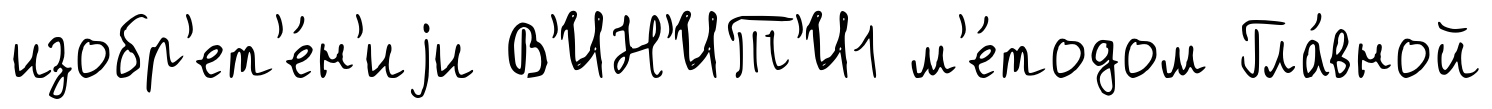
изобр'ет'е́н'иjи В'ИН'ИТ'И1 м'е́тодом Гла́вной